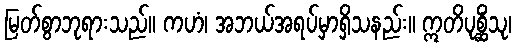
မြတ်စွာဘုရားသည်။ ကဟံ၊ အဘယ်အရပ်မှာရှိသနည်း။ ဣတိပုစ္ဆိံသု၊